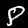
Label: 8